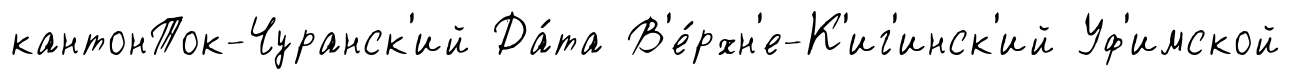
кантонТок-Чуранск'ий Да́та В'е́рхн'е-К'иг'инск'ий Уф'имской